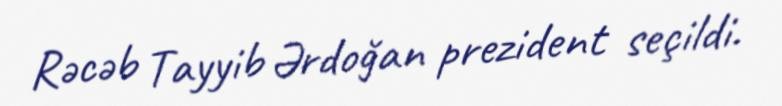
Rəcəb Tayyib Ərdoğan prezident seçildi.